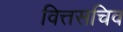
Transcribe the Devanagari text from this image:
वित्तसचिव